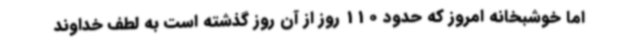
اما خوشبخانه امروز که حدود 110 روز از آن روز گذشته است به لطف خداوند